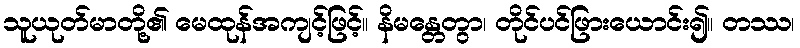
သူယုတ်မာတို့၏ မေထုန်အကျင့်ဖြင့်။ နိမန္တေတွာ၊ တိုင်ပင်ဖြားယောင်း၍။ တဿ၊